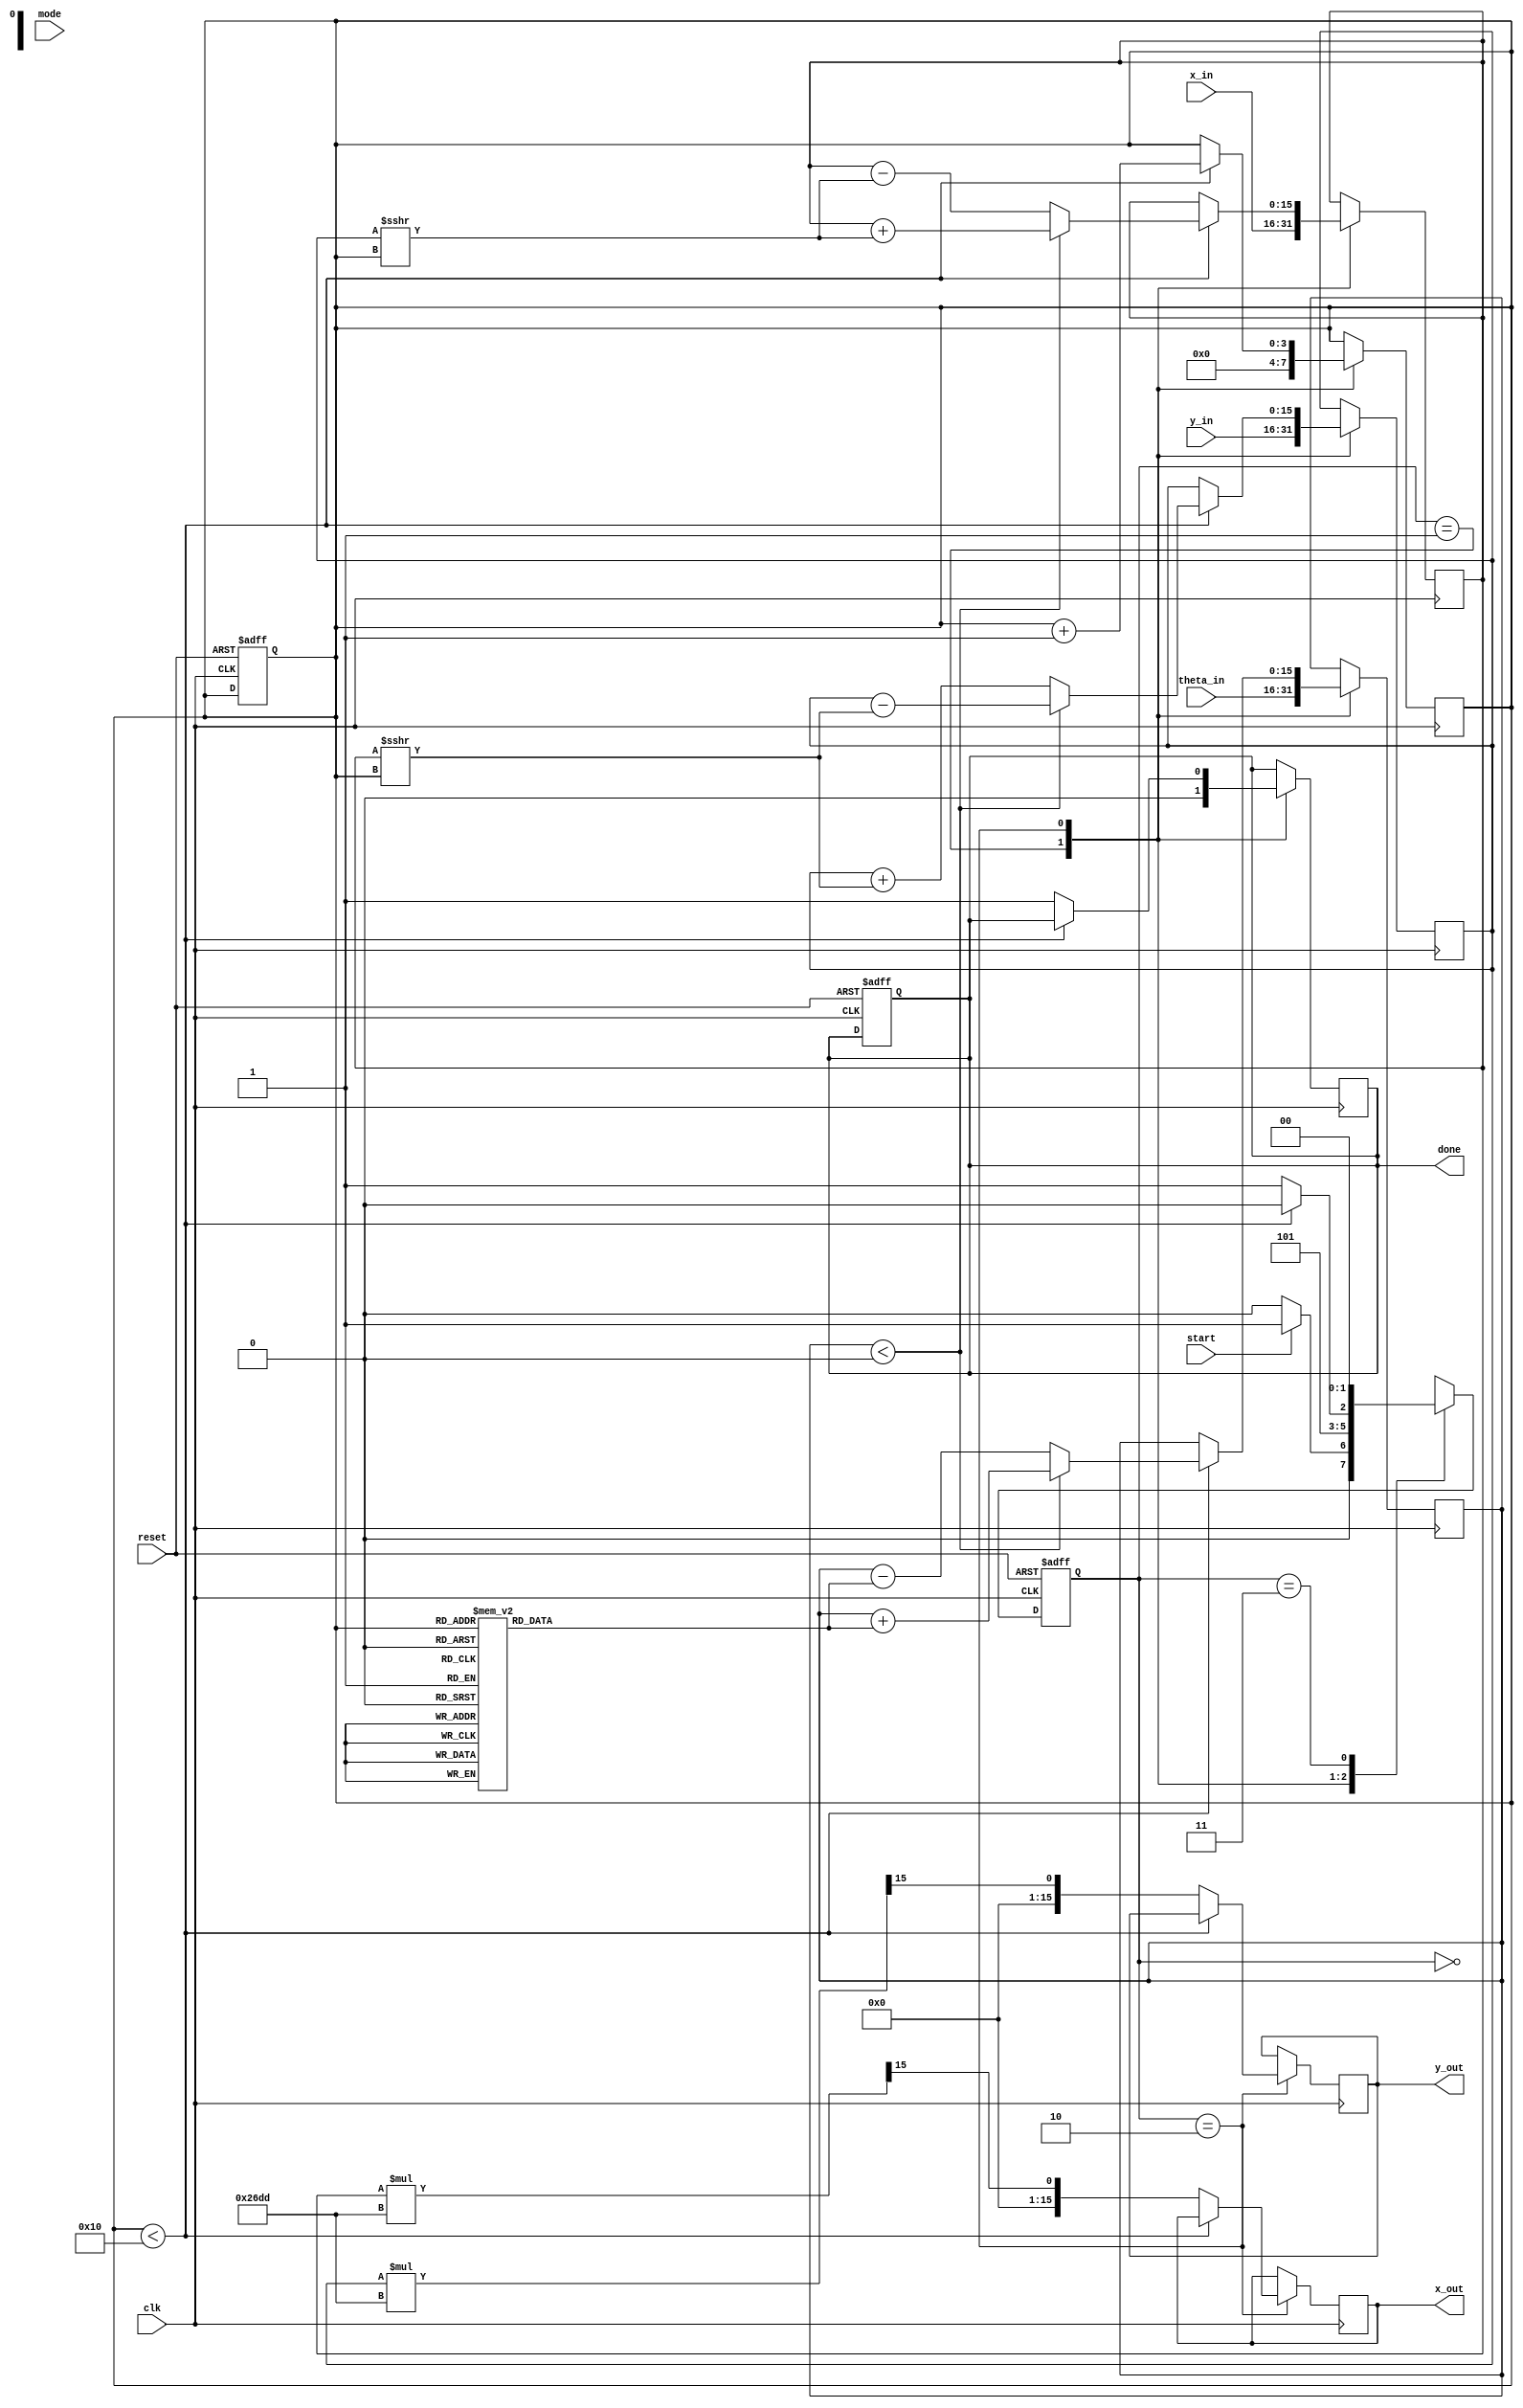
module cordic (
    input wire clk,
    input wire reset,
    input wire start,
    input wire mode, // 0 for rotation, 1 for vectoring
    input wire signed [15:0] x_in, // Fixed-point input x
    input wire signed [15:0] y_in, // Fixed-point input y
    input wire signed [15:0] theta_in, // Fixed-point angle input
    output reg signed [15:0] x_out, // Fixed-point output x
    output reg signed [15:0] y_out, // Fixed-point output y
    output reg done // Indicates completion of computation
);

    // Parameters
    parameter NUM_ITERATIONS = 16;
    parameter [15:0] K = 16'h26DD; // Scaling factor (approx. 0.607)

    // Internal registers
    reg signed [15:0] x_reg, y_reg, theta_reg;
    reg [3:0] iteration;
    reg [15:0] atan_table [0:NUM_ITERATIONS-1]; // Lookup table for arctangent values
    reg [1:0] state, next_state;

    // State encoding
    localparam IDLE = 2'b00,
               INIT = 2'b01,
               CALC = 2'b10,
               DONE = 2'b11;

    // Initialize arctangent lookup table
    initial begin
        atan_table[0] = 16'h2000; // atan(2^0)
        atan_table[1] = 16'h1333; // atan(2^-1)
        atan_table[2] = 16'h0A3D; // atan(2^-2)
        atan_table[3] = 16'h0519; // atan(2^-3)
        atan_table[4] = 16'h028F; // atan(2^-4)
        atan_table[5] = 16'h0143; // atan(2^-5)
        atan_table[6] = 16'h00A3; // atan(2^-6)
        atan_table[7] = 16'h0051; // atan(2^-7)
        // Continue filling the table as needed...
    end

    // FSM for control logic
    always @(posedge clk or posedge reset) begin
        if (reset) begin
            state <= IDLE;
            done <= 0;
            iteration <= 0;
        end else begin
            state <= next_state;
        end
    end

    // State transition logic
    always @(*) begin
        case (state)
            IDLE: begin
                if (start) begin
                    next_state = INIT;
                end else begin
                    next_state = IDLE;
                end
            end
            INIT: begin
                next_state = CALC;
            end
            CALC: begin
                if (iteration < NUM_ITERATIONS) begin
                    next_state = CALC;
                end else begin
                    next_state = DONE;
                end
            end
            DONE: begin
                next_state = IDLE;
            end
            default: next_state = IDLE;
        endcase
    end

    // Main computation logic
    always @(posedge clk) begin
        case (state)
            INIT: begin
                x_reg <= x_in;
                y_reg <= y_in;
                theta_reg <= theta_in;
                iteration <= 0;
                done <= 0;
            end
            CALC: begin
                if (iteration < NUM_ITERATIONS) begin
                    if (theta_reg < 0) begin
                        // Perform rotation
                        x_reg <= x_reg + (y_reg >>> iteration);
                        y_reg <= y_reg - (x_reg >>> iteration);
                        theta_reg <= theta_reg + atan_table[iteration];
                    end else begin
                        // Perform rotation in the opposite direction
                        x_reg <= x_reg - (y_reg >>> iteration);
                        y_reg <= y_reg + (x_reg >>> iteration);
                        theta_reg <= theta_reg - atan_table[iteration];
                    end
                    iteration <= iteration + 1;
                end else begin
                    x_out <= x_reg * K >>> 15; // Apply scaling factor
                    y_out <= y_reg * K >>> 15; // Apply scaling factor
                    done <= 1;
                end
            end
            DONE: begin
                // Final state, do nothing
            end
        endcase
    end

endmodule